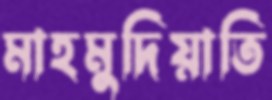
মাহমুদিয়াতি